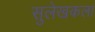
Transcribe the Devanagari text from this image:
सुलेखकला